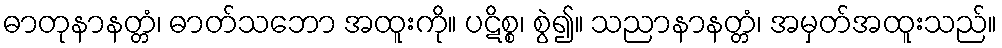
ဓာတုနာနတ္တံ၊ ဓာတ်သဘော အထူးကို။ ပဋိစ္စ၊ စွဲ၍။ သညာနာနတ္တံ၊ အမှတ်အထူးသည်။